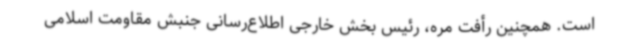
است. همچنین رأفت مره، رئیس بخش خارجی اطلاع‌رسانی جنبش مقاومت اسلامی